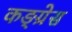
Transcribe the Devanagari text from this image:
कङ्ग्रेस